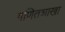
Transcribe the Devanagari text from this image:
गणितशाखा